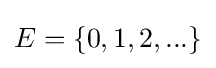
E=\{0,1,2,...\}